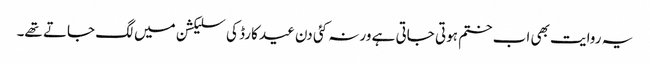
یہ روایت بھی اب ختم ہوتی جاتی ہے ورنہ کئی دن عید کارڈ کی سلیکشن میں لگ جاتے تھے۔